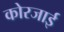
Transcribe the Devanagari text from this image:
कोरजाई